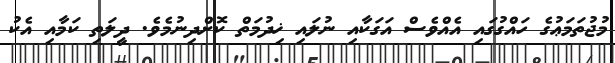
މުޖުތަމަޢުގެ ހައްގުގައި އެއްވެސް އަގަކާއި ނުލައި ޚިދުމަތް ކޮށްދިނުމެވެ. ދީލަތި ކަމާއި އެކު